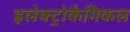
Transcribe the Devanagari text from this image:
इलेक्ट्रोकैमिकल